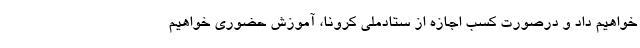
خواهیم داد و درصورت کسب اجازه از ستادملی کرونا، آموزش حضوری خواهیم